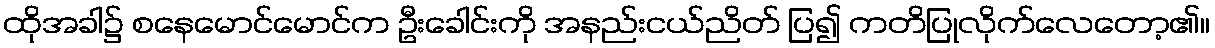
ထိုအခါ၌ စနေမောင်မောင်က ဦးခေါင်းကို အနည်းငယ်ညိတ် ပြ၍ ကတိပြုလိုက်လေတော့၏။